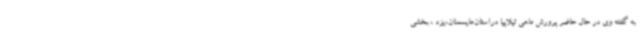
به گفته وی در حال حاضر پرورش ماهی تیلاپیا دراستان‌هایسمنان،یزد ، بخشی